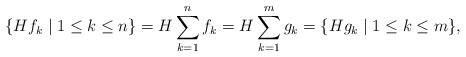
LaTeX: \begin{align*}\{Hf_k\mid 1\leq k\leq n\}=H\sum_{k=1}^n f_k=H\sum_{k=1}^m g_k= \{Hg_k\mid 1\leq k\leq m\},\end{align*}